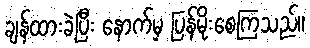
ချန်ထားခဲ့ပြီး နောက်မှ ပြန်မိုးစေကြသည်။